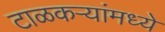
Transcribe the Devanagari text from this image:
टाळकऱ्यांमध्ये